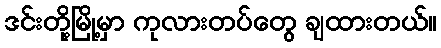
ဒင်းတို့မြို့မှာ ကုလားတပ်တွေ ချထားတယ်။